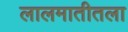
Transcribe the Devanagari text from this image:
लालमातीतला